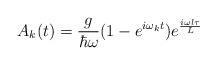
LaTeX: \begin{align*}A_k(t)=\frac{g}{\hbar\omega}(1-e^{i\omega_k t})e^{\frac{i\omega l\tau}{L}}\end{align*}